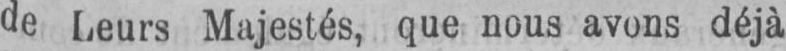
de Leurs Majestés, que nous avons déjà